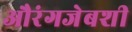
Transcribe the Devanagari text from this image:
औरंगजेबशी